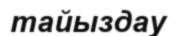
тайыздау